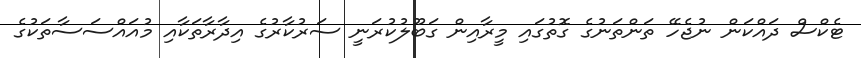
ޓެކްސް ދައްކަން ނުޖެހޭ ތަންތަނުގެ ގޮތުގައި މީރާއިން ގަބޫލުކުރަނީ ސަރުކާރުގެ އިދާރާތަކާއި މުއައްސަސާތަކުގެ